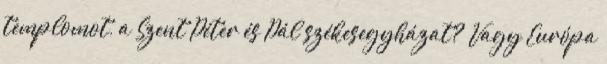
templomot, a Szent Péter és Pál székesegyházat? Vagy Európa